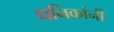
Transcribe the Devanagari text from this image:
धनिकांनी